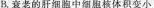
B.衰老的肝细胞中细胞核体积变小